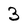
Character: 3